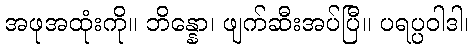
အဖုအထုံးကို။ ဘိန္နော၊ ဖျက်ဆီးအပ်ပြီ။ ပရပ္ပဝါဒါ၊